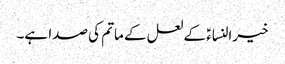
خیرالنساءؑ کے لعل کے ماتم کی صدا ہے۔